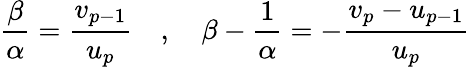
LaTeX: \frac{\beta}{\alpha}=\frac{v_{p-1}}{u_{p}}\quad,\quad\beta-\frac{1}{\alpha}=-\frac{v_{p}-u_{p-1}}{u_{p}}